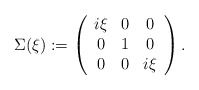
\begin{align*}\Sigma(\xi):=\left(\begin{array}{ccc}i\xi & 0 & 0\\0 & 1 & 0\\0 & 0 & i\xi\end{array}\right).\end{align*}